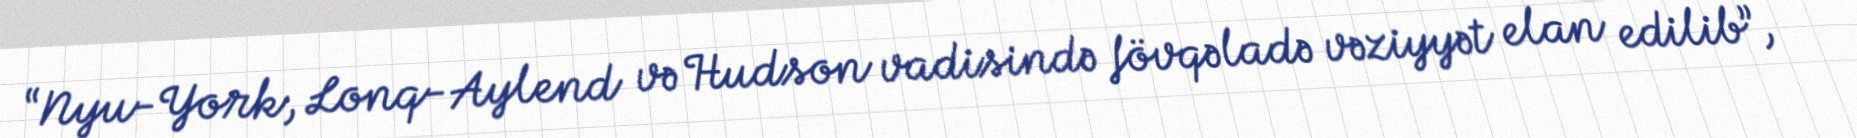
“Nyu-York, Lonq-Aylend və Hudson vadisində fövqəladə vəziyyət elan edilib”, -